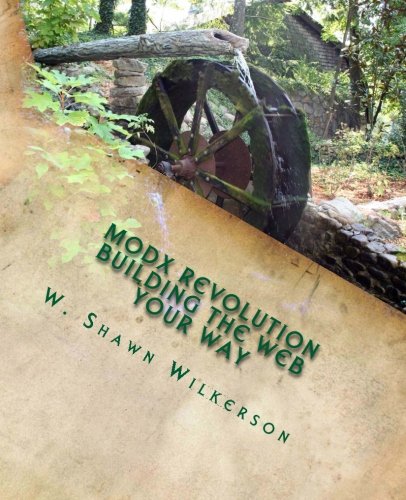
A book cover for MODX Revolution - Building the Web Your Way: A Journey Through a Content Management Framework; W. Shawn Wilkerson; Computers & Technology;